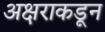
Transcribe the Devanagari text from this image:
अक्षराकडून